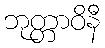
ဘုတ္တာဝိနီ